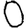
Digit: 0